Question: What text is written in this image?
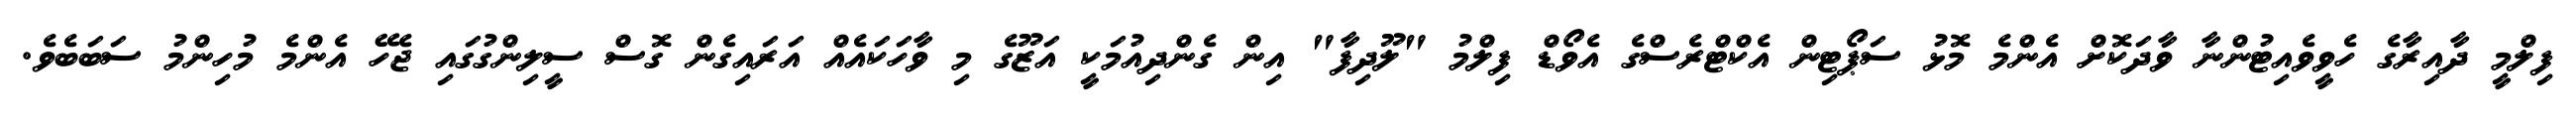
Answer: ފިލްމީ ދާއިރާގެ ހެވީވެއިޓުންނާ ވާދަކޮށް އެންމެ މޮޅު ސަޕޯޓިން އެކްޓްރެސްގެ އެވޯޑް ފިލްމު "ލޫދިފާ" އިން ގެންދިއުމަކީ އަޒޫގެ މި ވާހަކައެއް އަރައިގެން ގޮސް ސީލިންގުގައި ޖެހޭ އެންމެ މުހިންމު ސަބަބެވެ.